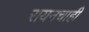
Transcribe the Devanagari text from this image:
रायनचाही